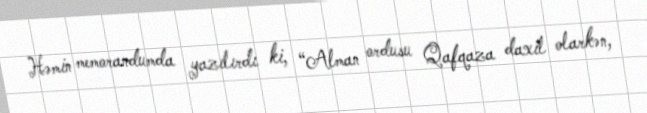
Həmin memorandumda yazılırdı ki, “Alman ordusu Qafqaza daxil olarkən,